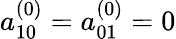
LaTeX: a_{10}^{(0)}=a_{01}^{(0)}=0